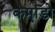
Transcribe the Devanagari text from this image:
कमा़डो